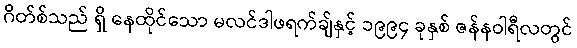
ဂိတ်စ်သည် ရှိ နေထိုင်သော မလင်ဒါဖရက်ချ်နှင့် ၁၉၉၄ ခုနှစ် ဇန်နဝါရီလတွင်